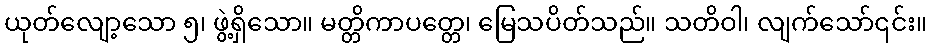
ယုတ်လျော့သော ၅၊ ဖွဲ့ရှိသော။ မတ္တိကာပတ္တေ၊ မြေသပိတ်သည်။ သတိဝါ၊ လျက်သော်၎င်း။